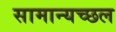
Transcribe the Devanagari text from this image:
सामान्यच्छल